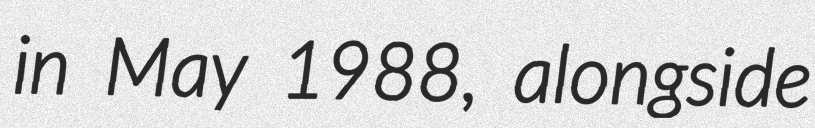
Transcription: in May 1988, alongside